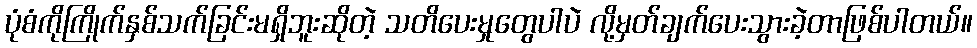
ပုံစံကိုကြိုက်နှစ်သက်ခြင်းမရှိဘူးဆိုတဲ့ သတိပေးမှုတွေပါပဲ လို့မှတ်ချက်ပေးသွားခဲ့တာဖြစ်ပါတယ်။